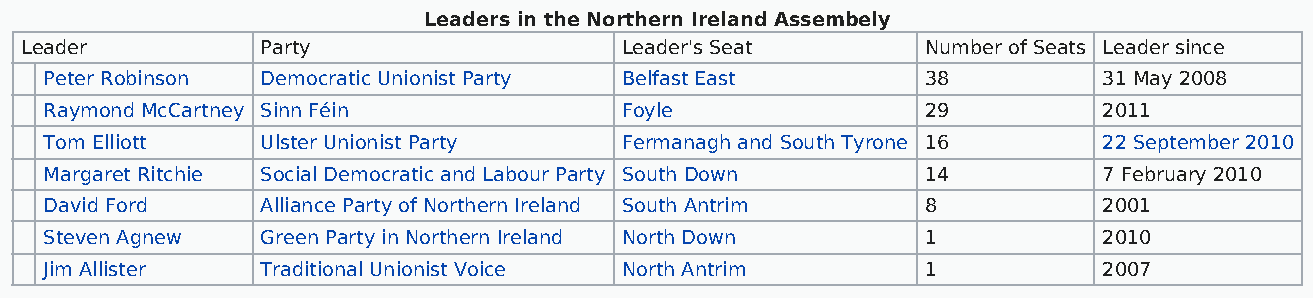
Leaders in the Northern Ireland Assembely
 Leader          Party                   Leader's Seat       Number of Seats Leader since
 Peter Robinson Democratic Unionist Party Belfast East     38          31 May 2008
 Raymond McCartney Sinn Féin           Foyle               29          2011
 Tom Elliott   Ulster Unionist Party   Fermanagh and South Tyrone 16   22 September 2010
 Margaret Ritchie Social Democratic and Labour Party South Down 14     7 February 2010
 David Ford    Alliance Party of Northern Ireland South Antrim 8       2001
 Steven Agnew  Green Party in Northern Ireland North Down  1           2010
 Jim Allister  Traditional Unionist Voice North Antrim     1           2007